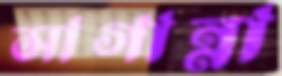
সাগান্না